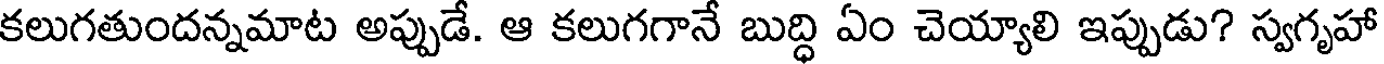
కలుగతుందన్నమాట అప్పుడే. ఆ కలుగగానే బుద్ధి ఏం చెయ్యాలి ఇప్పుడు? స్వగృహా